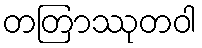
တတြာဿုတဝါ